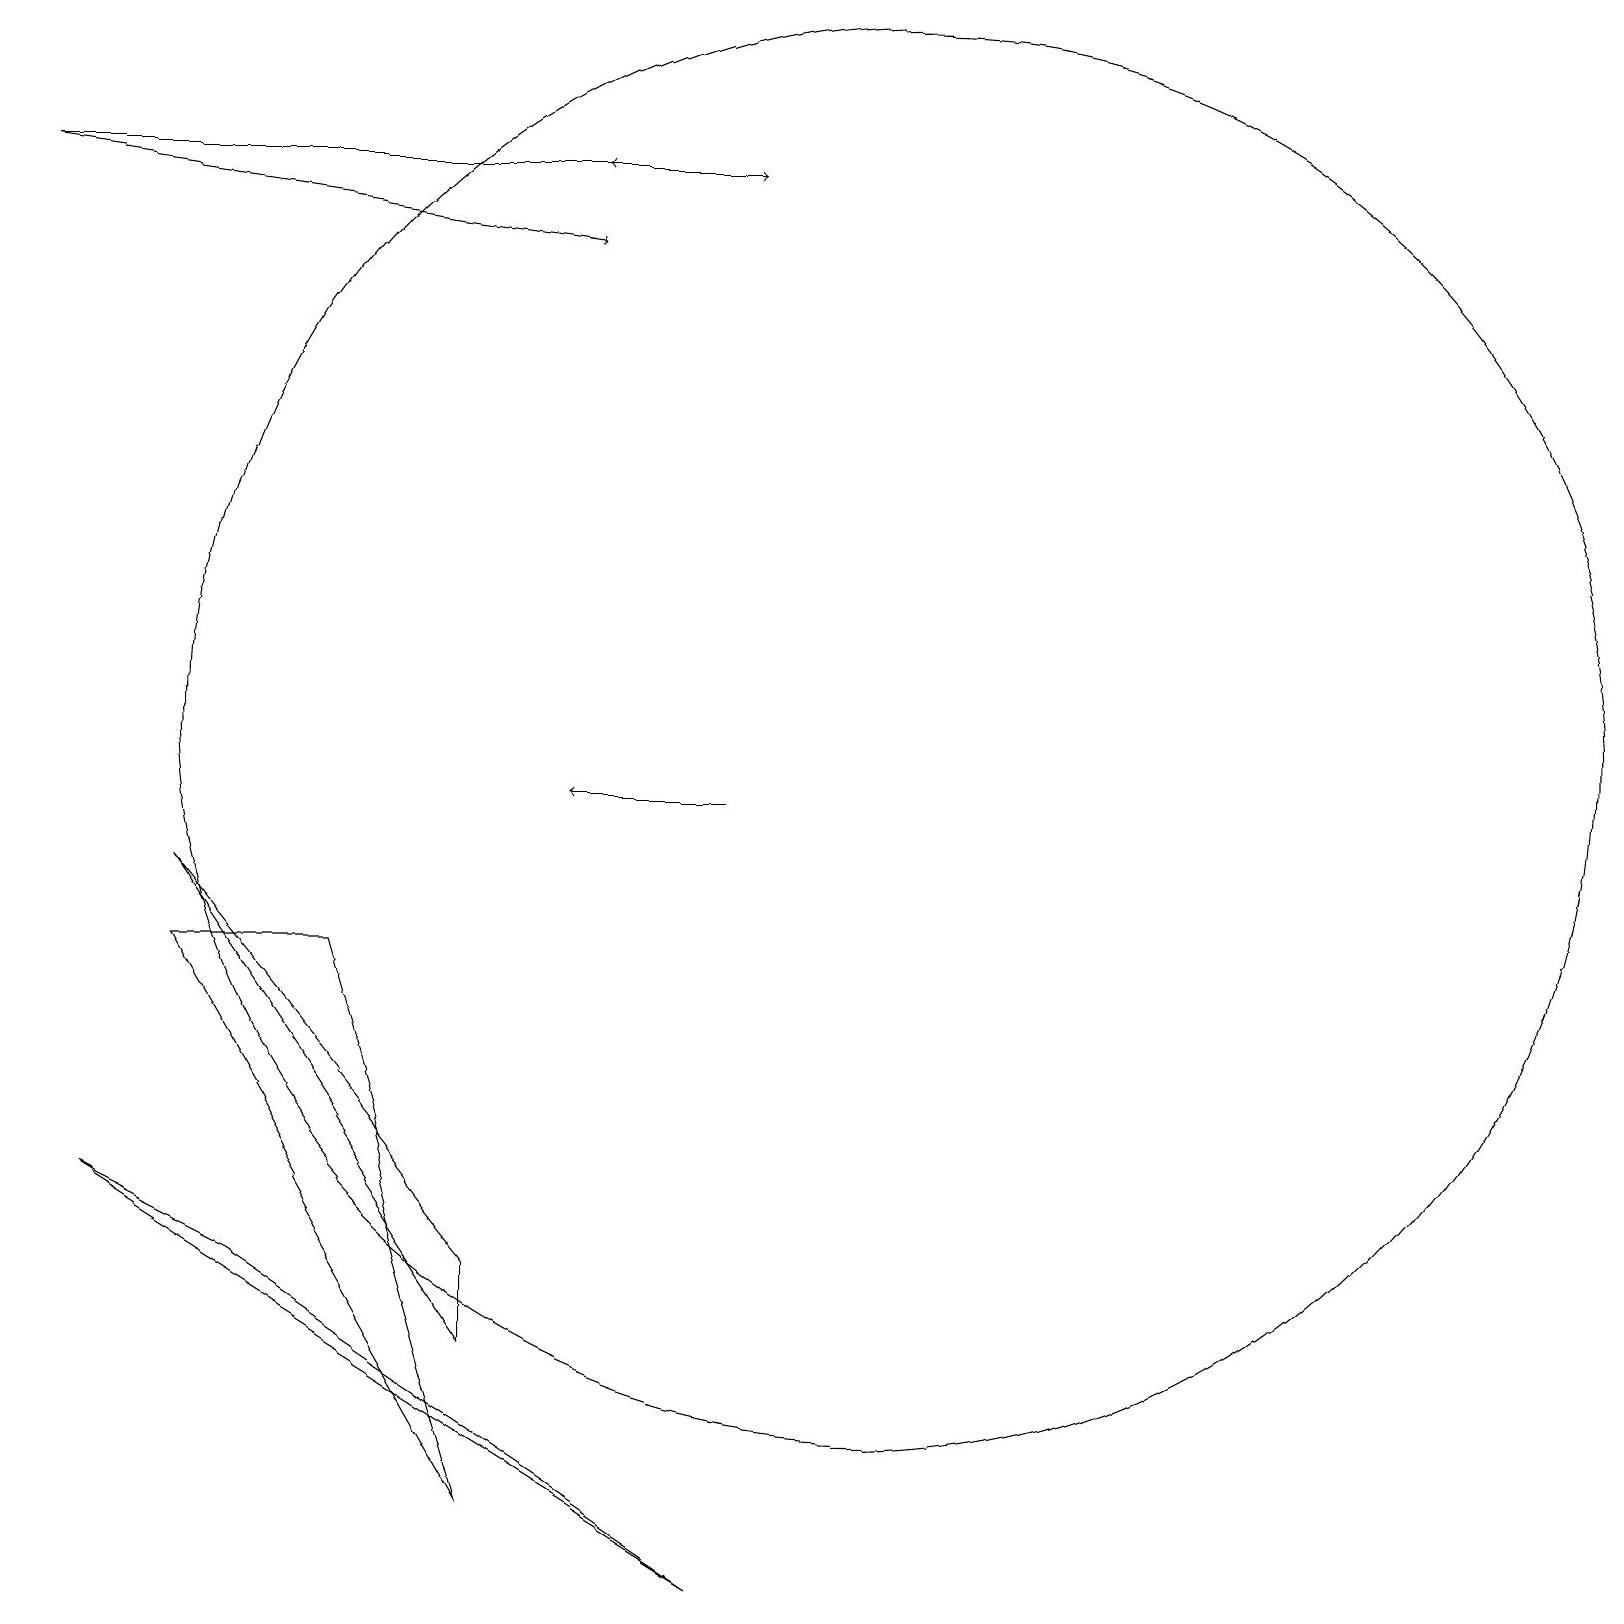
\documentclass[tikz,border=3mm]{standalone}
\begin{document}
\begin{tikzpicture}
\draw (2,8) -- (6,1) -- (4,8) -- cycle;
\draw[->] (9,10) -- (7,10);
\draw[->] (0,18) -- (7,17);
\draw (11,11) circle (9);
\draw[->] (0,18) -- (9,18);
\draw (2,9) -- (6,4) -- (6,3) -- cycle;
\draw (9,0) -- (1,5) -- (3,4) -- cycle;
\draw[->] (8,18) -- (7,18);
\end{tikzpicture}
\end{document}